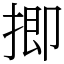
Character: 揤